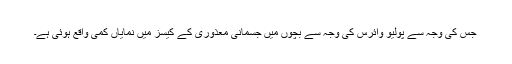
جس کی وجہ سے پولیو وائرس کی وجہ سے بچوں میں جسمانی معذوری کے کیسز میں نمایاں کمی واقع ہوئی ہے۔